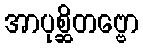
အာပုစ္ဆိတဗ္ဗော